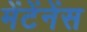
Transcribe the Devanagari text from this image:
मेंटेंनेंस